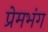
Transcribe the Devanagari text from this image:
प्रेमभंग